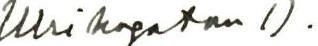
Ulriksgatan 1).